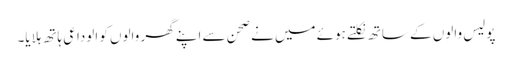
پولیس والوں کے ساتھ نکلتے ہوئے میں نے صحن سے اپنے گھر والوں کو الوداعی ہاتھ ہلایا۔